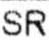
SR